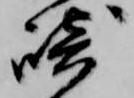
崎